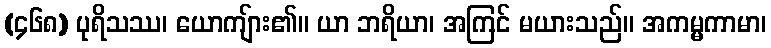
(၄၆၈) ပုရိသဿ၊ ယောကျ်ား၏။ ယာ ဘရိယာ၊ အကြင် မယားသည်။ အကမ္မကာမာ၊